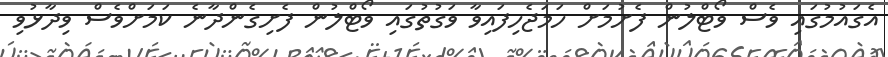
އެގައުމުގައި ވެސް ވޯޓްލުން ފެށުމަށް ހަމަޖެހިފައިވާ ވަގުތުގައި ވޯޓްލުން ފެށިގެންދާނެ ކަމަށްވެސް ވިދާޅުވި